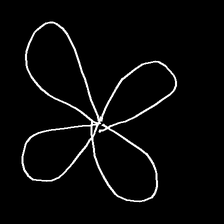
Glyph: billowing